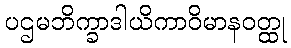
ပဌမဘိက္ခာဒါယိကာဝိမာနဝတ္ထု